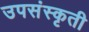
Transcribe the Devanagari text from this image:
उपसंस्कृती